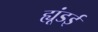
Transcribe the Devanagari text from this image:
ह्यूंडई